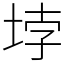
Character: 𡋯